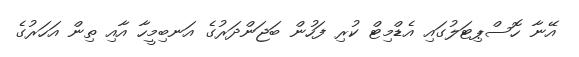
އޭނާ ހޮސްޕިޓަލުގައި އެޑްމިޓް ކުރި ފަހުން ބަޖަންދަރުގެ އަނބިމީހާ އާއި ތިން އަހަރުގެ